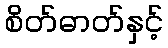
စိတ်ဓာတ်နှင့်